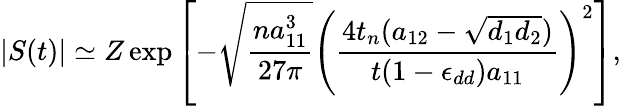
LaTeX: |S(t)|\simeq Z\exp\left[-\sqrt{\frac{na_{11}^{3}}{27\pi}}\left(\frac{4t_{n}(a_{12}-\sqrt{d_{1}d_{2}})}{t(1-\epsilon_{dd})a_{11}}\right)^{2}\right],